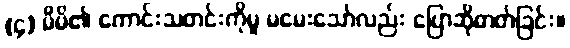
(၄) မိမိ၏ ကောင်းသတင်းကိုမူ မမေးသော်လည်း ပြောဆိုတတ်ခြင်း။